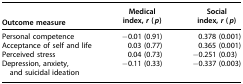
<table><thead><tr><td><b>Outcome measure</b></td><td><b>Medical index, <i>r</i> (<i>p</i>)</b></td><td><b>Social index, <i>r</i> (<i>p</i>)</b></td></tr></thead><tbody><tr><td>Personal competence</td><td>−0.01 (0.91)</td><td>0.378 (0.001)</td></tr><tr><td>Acceptance of self and life</td><td>0.03 (0.77)</td><td>0.365 (0.001)</td></tr><tr><td>Perceived stress</td><td>0.04 (0.73)</td><td>−0.251 (0.03)</td></tr><tr><td>Depression, anxiety, and suicidal ideation</td><td>−0.11 (0.33)</td><td>−0.337 (0.003)</td></tr></tbody></table>